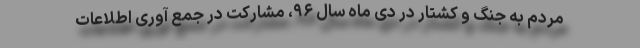
مردم به جنگ و کشتار در دی ماه سال ۹۶، مشارکت در جمع آوری اطلاعات